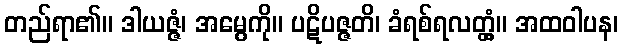
တည်ရာ၏။ ဒါယဇ္ဇံ၊ အမွေကို။ ပဋိပဇ္ဇတိ၊ ခံရစ်ရလတ္တံ့။ အထဝါပန၊